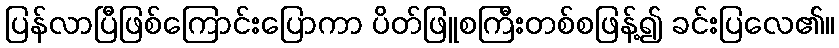
ပြန်လာပြီဖြစ်ကြောင်းပြောကာ ပိတ်ဖြူစကြီးတစ်စဖြန့်၍ ခင်းပြလေ၏။